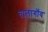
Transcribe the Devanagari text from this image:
तालागॉव